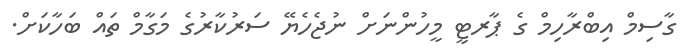
ގާސިމް އިބްރާހިމް ގެ ޕާރޓީ މީހުންނަށް ނުޖެހެޔޭ ސަރުކާރުގެ މަގާމް ތައް ބަހާކަށް.